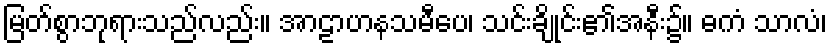
မြတ်စွာဘုရားသည်လည်း။ အာဠာဟနသမီပေ၊ သင်းချိုင်း၏အနီး၌။ ဓကံ သာလံ၊